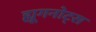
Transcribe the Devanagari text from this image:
ह्यूगनोट्स